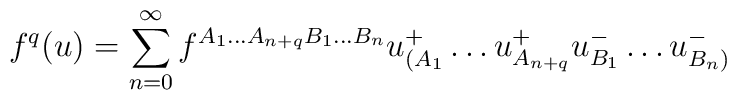
f^q(u) = \sum^{\infty}_{n=0} f^{A_1\ldots A_{n+q}B_1\ldots B_n} u^+_{(A_1}\ldots u^+_{A_{n+q}}u^-_{B_1}\ldots u^-_{B_n)}